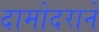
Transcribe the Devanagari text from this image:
दामोदराने